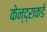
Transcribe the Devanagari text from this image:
केन्द्राकडे